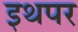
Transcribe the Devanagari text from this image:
इथपर